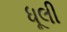
ધૂલી